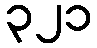
၃၂၁